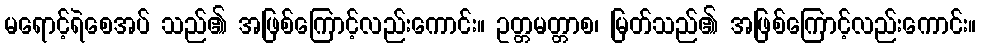
မရောင့်ရဲစေအပ် သည်၏ အဖြစ်ကြောင့်လည်းကောင်း။ ဥတ္တမတ္တာစ၊ မြတ်သည်၏ အဖြစ်ကြောင့်လည်းကောင်း။